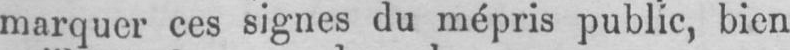
marquer ces signes du mépris public, bien